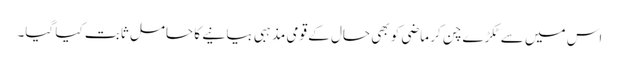
اس میں سے ٹکڑے چن کر ماضی کو بھی حال کے قومی مذہبی بیانیے کا حامل ثابت کیا گیا۔